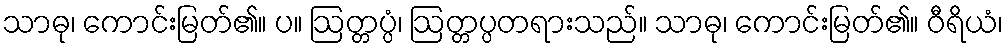
သာဓု၊ ကောင်းမြတ်၏။ ပ။ ဩတ္တပ္ပံ၊ ဩတ္တပ္ပတရားသည်။ သာဓု၊ ကောင်းမြတ်၏။ ဝီရိယံ၊